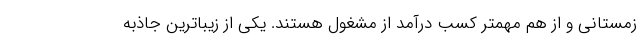
زمستانی و از هم مهمتر کسب درآمد از مشغول هستند. یکی از زیباترین جاذبه